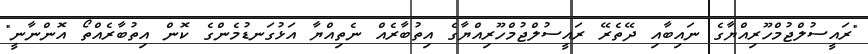
"ރައީސުލްޖުމްހޫރިއްޔާގެ ނައިބާއި ދޭތެރޭ ރައީސުލްޖުމްހޫރިއްޔާގެ އިތުބާރެއް ނެތިއްޔާ އަޅުގަނޑުމެންގެ ކޮން އިތުބާރެއްތޯ އޮންނާނީ"